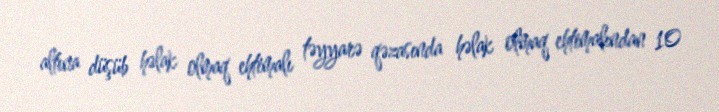
altına düşüb həlak olmaq ehtimalı təyyarə qəzasında həlak olmaq ehtimalından 10